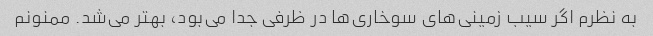
به نظرم اگر سیب زمینی‌های سوخاری‌ها در ظرفی جدا می‌بود، بهتر می‌شد. ممنونم